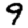
Digit: 9